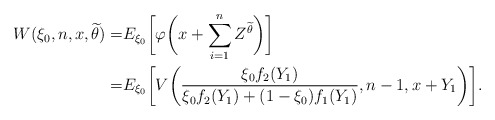
\begin{align*}W(\xi_0,n,x,\widetilde \theta)=&E_{\xi_0}\biggl[\varphi\biggl(x+\sum_{i=1}^n Z^{\widetilde \theta}\biggr)\biggr]\\=&E_{\xi_0}\biggl[V\biggl(\frac{\xi_0f_2(Y_1) }{\xi_0 f_2(Y_1)+(1-\xi_0)f_1(Y_1)}, n-1, x+Y_1\biggr)\biggr].\end{align*}